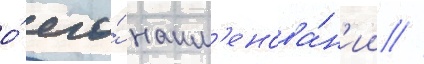
о́ его́ наим'енова́н'ии //